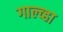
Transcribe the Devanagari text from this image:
गाल्व्हा